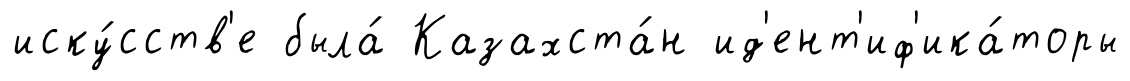
иску́сств'е была́ Казахста́н ид'ент'иф'ика́торы